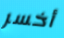
أخسر